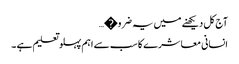
آج کل دیکھنے میں یہ ضرو�…
انسانی معاشرے کا سب سے اہم پہلو تعلیم ہے ۔